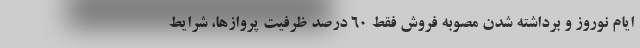
ایام نوروز و برداشته شدن مصوبه فروش فقط ۶۰ درصد ظرفیت پروازها، شرایط